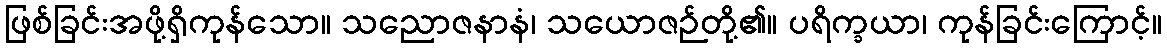
ဖြစ်ခြင်းအဖို့ရှိကုန်သော။ သညောဇနာနံ၊ သယောဇဉ်တို့၏။ ပရိက္ခယာ၊ ကုန်ခြင်းကြောင့်။